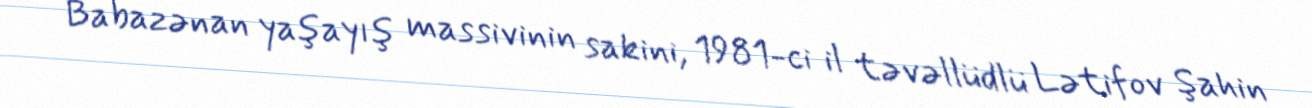
Babazənan yaşayış massivinin sakini, 1981-ci il təvəllüdlü Lətifov Şahin